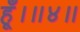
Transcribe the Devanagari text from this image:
हूँ।॥४॥